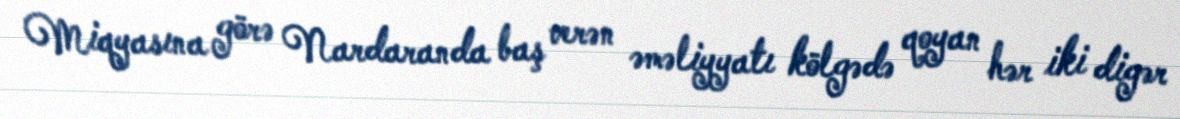
Miqyasına görə Nardaranda baş verən əməliyyatı kölgədə qoyan hər iki digər